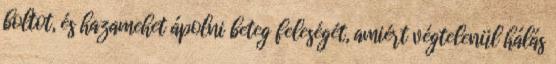
boltot, és hazamehet ápolni beteg feleségét, amiért végtelenül hálás